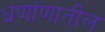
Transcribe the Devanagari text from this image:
धणांणातील